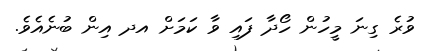
ވުރެ ގިނަ މީހުން ހޯދާ ފައި ވާ ކަމަށް އދ އިން ބުނެއެވެ.